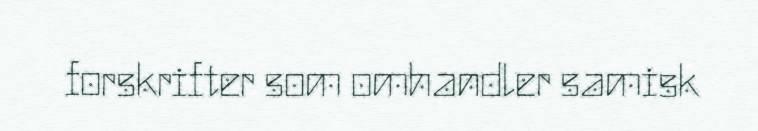
forskrifter som omhandler samisk